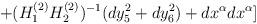
LaTeX: \begin{align*}+(H_1^{(2)}H_2^{(2)})^{-1}(dy_5^2+dy_6^2)+dx^{\alpha}dx^{\alpha}]\end{align*}